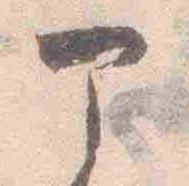
部